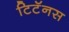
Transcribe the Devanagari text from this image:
टिटॅनस